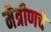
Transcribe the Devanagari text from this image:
मैत्रीणचे